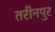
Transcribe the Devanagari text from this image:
तरीनपुर